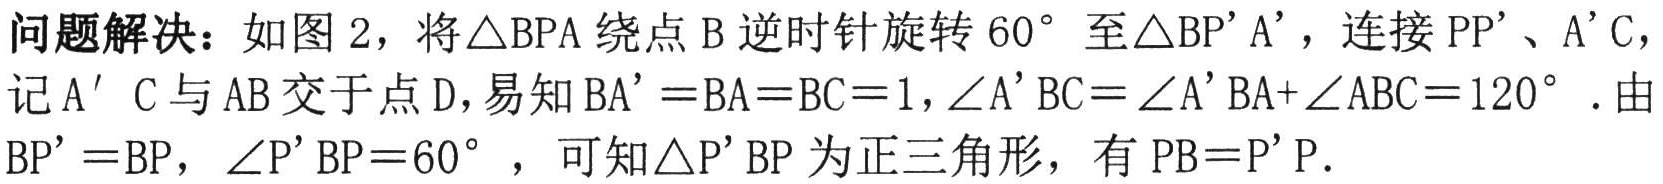
问题解决：如图 2，将\(\triangle BPA\)绕点\(B\)逆时针旋转\(60^{\circ}\)至\(\triangle BP'A'\)，连接\(PP'\)、\(A'C\)，记\(A'C\)与\(AB\)交于点\(D\)，易知\(BA' = BA = BC = 1,\angle A'BC=\angle A'BA+\angle ABC = 120^{\circ}\). 由\(BP' = BP\)，\(\angle P'BP = 60^{\circ}\)，可知\(\triangle P'BP\)为正三角形，有\(PB = P'P\).